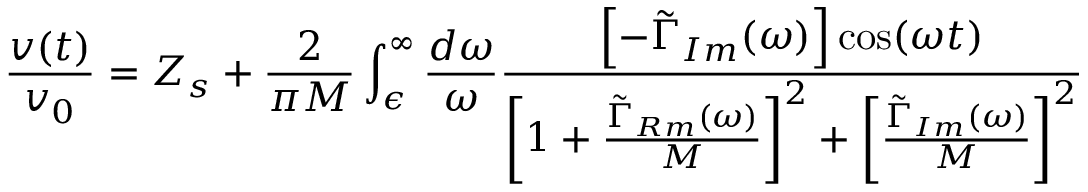
\frac { v ( t ) } { v _ { 0 } } = Z _ { s } + \frac { 2 } { \pi M } \int _ { \epsilon } ^ { \infty } \frac { d \omega } { \omega } \frac { \left[ - \tilde { \Gamma } _ { I m } ( \omega ) \right] \cos ( \omega t ) } { \left[ 1 + \frac { \tilde { \Gamma } _ { R m } ( \omega ) } { M } \right] ^ { 2 } + \left[ \frac { \tilde { \Gamma } _ { I m } ( \omega ) } { M } \right] ^ { 2 } }